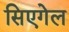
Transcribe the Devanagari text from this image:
सिएगेल